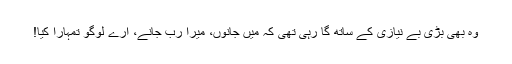
وہ بھی بڑی بے نیازی کے ساتھ گا رہی تھی کہ میں جانوں، میرا ربّ جانے، ارے لوگو تمہارا کیا!